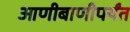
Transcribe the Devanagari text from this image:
आणीबाणीपर्यंत